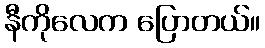
နီကိုလေက ပြောတယ်။